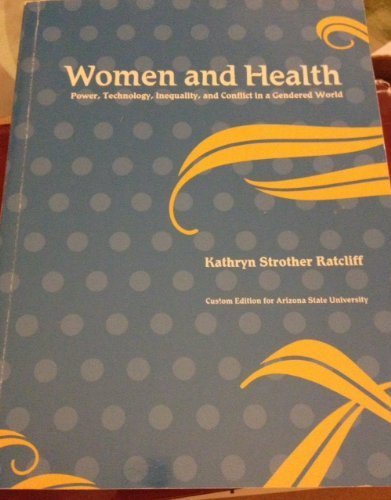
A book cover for Women and Health (Women and Health Power, Technology, Inequality, and Conflict in a Gendered World); Kathryn Strother Ratcliff; Medical Books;